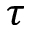
\tau